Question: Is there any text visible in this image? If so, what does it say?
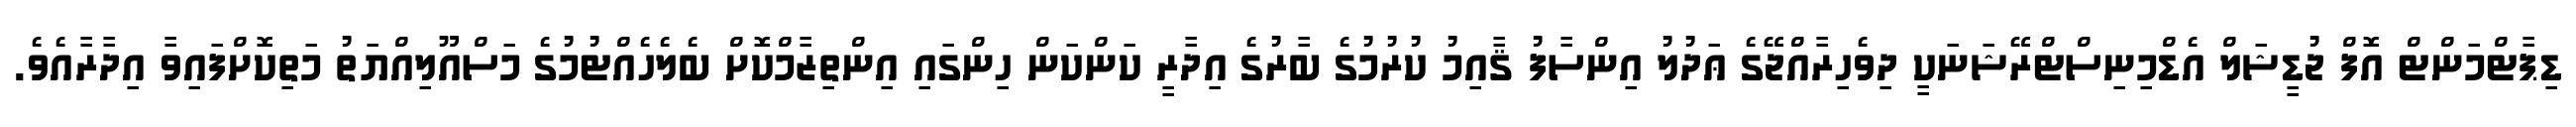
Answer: ޑިޕާޓްމަންޓް އޮފް ޖުޑީޝަލް އެޑްމިނިސްޓްރޭޝަނަކީ ދިވެހިރާއްޖޭގެ ޢަދުލު އިންސާފު ޤާއިމު ކުރުމުގެ ބާރުގެ އިދާރީ ކަންކަން ހިންގައި އިންތިޒާމްކޮށް ބެލެހެއްޓުމުގެ މަސްއޫލިއްޔަތު މަތިކޮށްފައިވާ އިދާރާއެވެ.